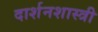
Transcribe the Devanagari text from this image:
दार्शनशास्त्री